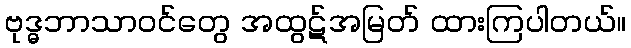
ဗုဒ္ဓဘာသာဝင်တွေ အထွဋ်အမြတ် ထားကြပါတယ်။